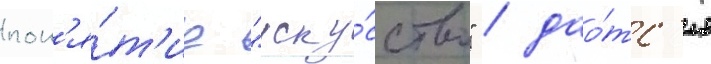
пон'я́т'ие "иску́сство" / дао́тс'я